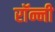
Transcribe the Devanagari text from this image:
राॅन्नी